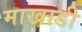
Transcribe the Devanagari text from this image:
माखाडी